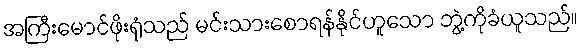
အကြီးမောင်ဖိုးရုံသည် မင်းသားစောရန်နိုင်ဟူသော ဘွဲ့ကိုခံယူသည်။